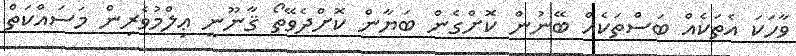
ވާހަކަ އެތަކެއް ބަސްތަކެއް ބޭނުން ކޮށްގެން ބަޔާން ކޮށްދެވޭތޯ ޤާނޫނީ ޢިލްމުވެރިން މަސައްކަތް